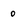
Character: 0